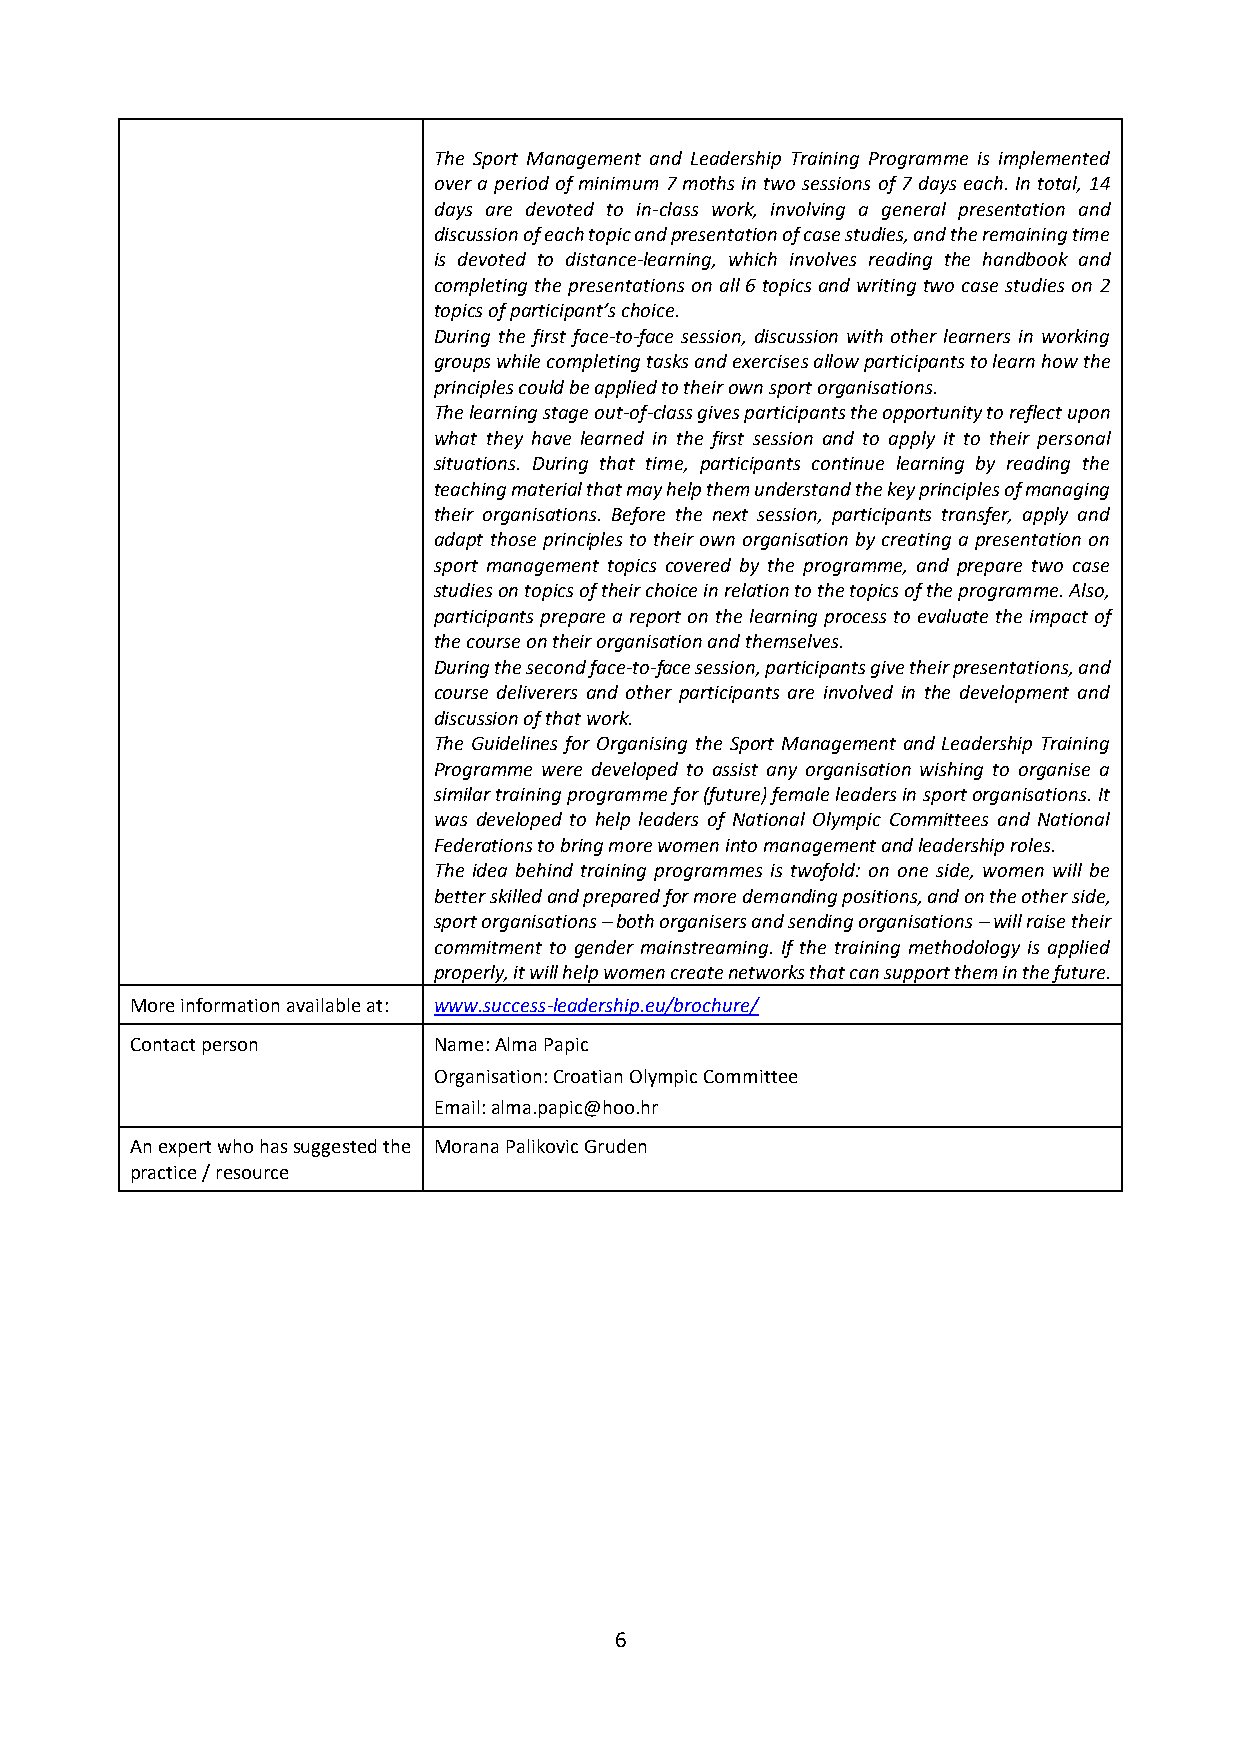
The Sport Management and Leadership Training Programme is implemented
 over a period of minimum 7 moths in two sessions of 7 days each. In total, 14
 days are devoted to in-class work, involving a general presentation and
 discussion of each topic and presentation of case studies, and the remaining time
 is devoted to distance-learning, which involves reading the handbook and
 completing the presentations on all 6 topics and writing two case studies on 2
 topics of participant’s choice.
 During the first face-to-face session, discussion with other learners in working
 groups while completing tasks and exercises allow participants to learn how the
 principles could be applied to their own sport organisations.
 The learning stage out-of-class gives participants the opportunity to reflect upon
 what they have learned in the first session and to apply it to their personal
 situations. During that time, participants continue learning by reading the
 teaching material that may help them understand the key principles of managing
 their organisations. Before the next session, participants transfer, apply and
 adapt those principles to their own organisation by creating a presentation on
 sport management topics covered by the programme, and prepare two case
 studies on topics of their choice in relation to the topics of the programme. Also,
 participants prepare a report on the learning process to evaluate the impact of
 the course on their organisation and themselves.
 During the second face-to-face session, participants give their presentations, and
 course deliverers and other participants are involved in the development and
 discussion of that work.
 The Guidelines for Organising the Sport Management and Leadership Training
 Programme were developed to assist any organisation wishing to organise a
 similar training programme for (future) female leaders in sport organisations. It
 was developed to help leaders of National Olympic Committees and National
 Federations to bring more women into management and leadership roles.
 The idea behind training programmes is twofold: on one side, women will be
 better skilled and prepared for more demanding positions, and on the other side,
 sport organisations – both organisers and sending organisations – will raise their
 commitment to gender mainstreaming. If the training methodology is applied
 properly, it will help women create networks that can support them in the future.
 More information available at: www.success-leadership.eu/brochure/
 Contact person      Name: Alma Papic
 Organisation: Croatian Olympic Committee
 Email: alma.papic@hoo.hr
 An expert who has suggested the Morana Palikovic Gruden
 practice / resource
 6